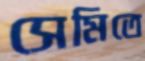
সেমিতে